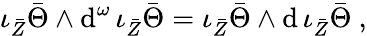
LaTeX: \iota_{\bar{Z}}\bar{\Theta}\wedge\mathrm{d}^{\omega}\, \iota_{\bar{Z}}\bar{\Theta}=\iota_{\bar{Z}}\bar{\Theta}\wedge\mathrm{d}\, \iota_{\bar{Z}}\bar{\Theta}\ ,